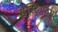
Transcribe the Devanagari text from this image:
सेस्ट्रिएटम